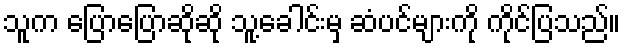
သူက ပြောပြောဆိုဆို သူ့ခေါင်းမှ ဆံပင်များကို ကိုင်ပြသည်။